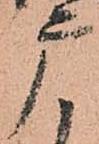
广